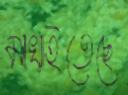
মাখাইতেছে